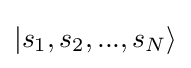
|s_{1},s_{2},...,s_{N}\rangle